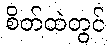
စိတ်ထဲတွင်